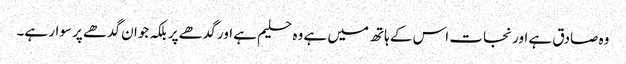
وہ صادق ہے اور نجات اس کے ہاتھ میں ہے وہ حلیم ہے اور گدھے پر بلکہ جوان گدھے پر سوار ہے۔